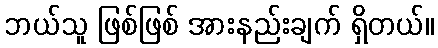
ဘယ်သူ ဖြစ်ဖြစ် အားနည်းချက် ရှိတယ်။